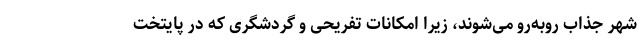
شهر جذاب روبه‌رو می‌شوند، زیرا امکانات تفریحی و گردشگری که در پایتخت